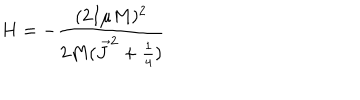
H = - \frac { ( 2 I \mu M ) ^ { 2 } } { 2 M ( \vec { J } ^ { 2 } + \frac { 1 } { 4 } ) }